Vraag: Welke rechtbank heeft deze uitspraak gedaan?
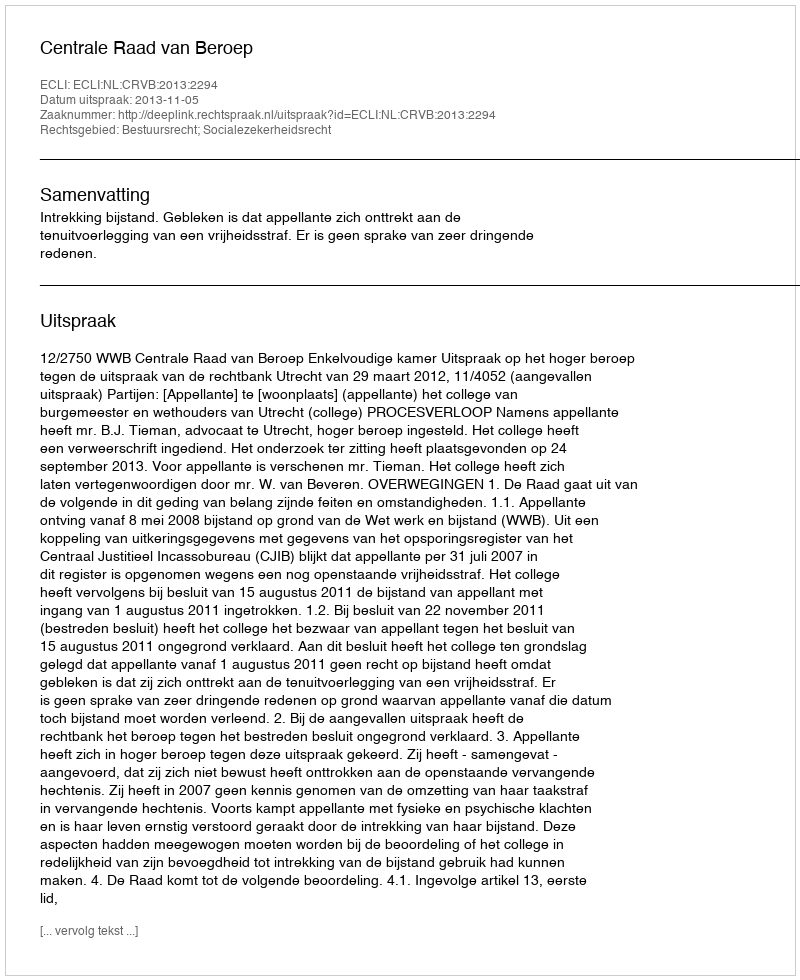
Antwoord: Centrale Raad van Beroep